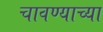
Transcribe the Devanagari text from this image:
चावण्याच्या